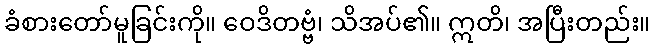
ခံစားတော်မူခြင်းကို။ ဝေဒိတဗ္ဗံ၊ သိအပ်၏။ ဣတိ၊ အပြီးတည်း။